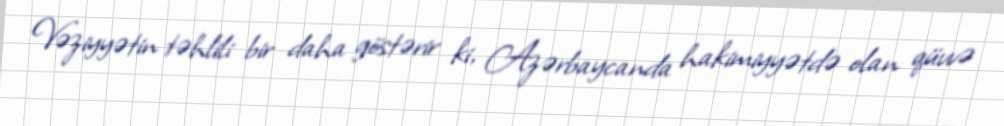
Vəziyyətin təhlili bir daha göstərir ki, Azərbaycanda hakimiyyətdə olan qüvvə